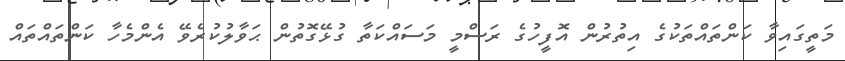
މަތީގައިވާ ކަންތައްތަކުގެ އިތުރުން އޮފީހުގެ ރަސްމީ މަސައްކަތާ ގުޅޭގޮތުން ޙަވާލުކުރެވޭ އެންމެހާ ކަންތައްތައް